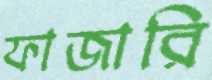
ফাজারি